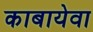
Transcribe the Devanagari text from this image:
काबायेवा